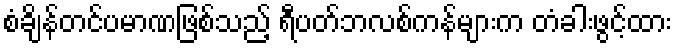
စံချိန်တင်ပမာဏဖြစ်သည့် ရီပတ်ဘလစ်ကန်များက တံခါးဖွင့်ထား